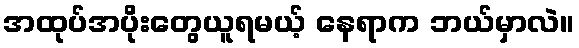
အထုပ်အပိုးတွေယူရမယ့် နေရာက ဘယ်မှာလဲ။